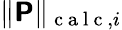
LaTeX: \| \boldsymbol{\mathsf{P}}\| _{\mathrm{{~c~a~l~c~}},i}